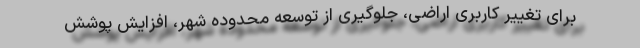
برای تغییر کاربری اراضی، جلوگیری از توسعه محدوده شهر، افزایش پوشش